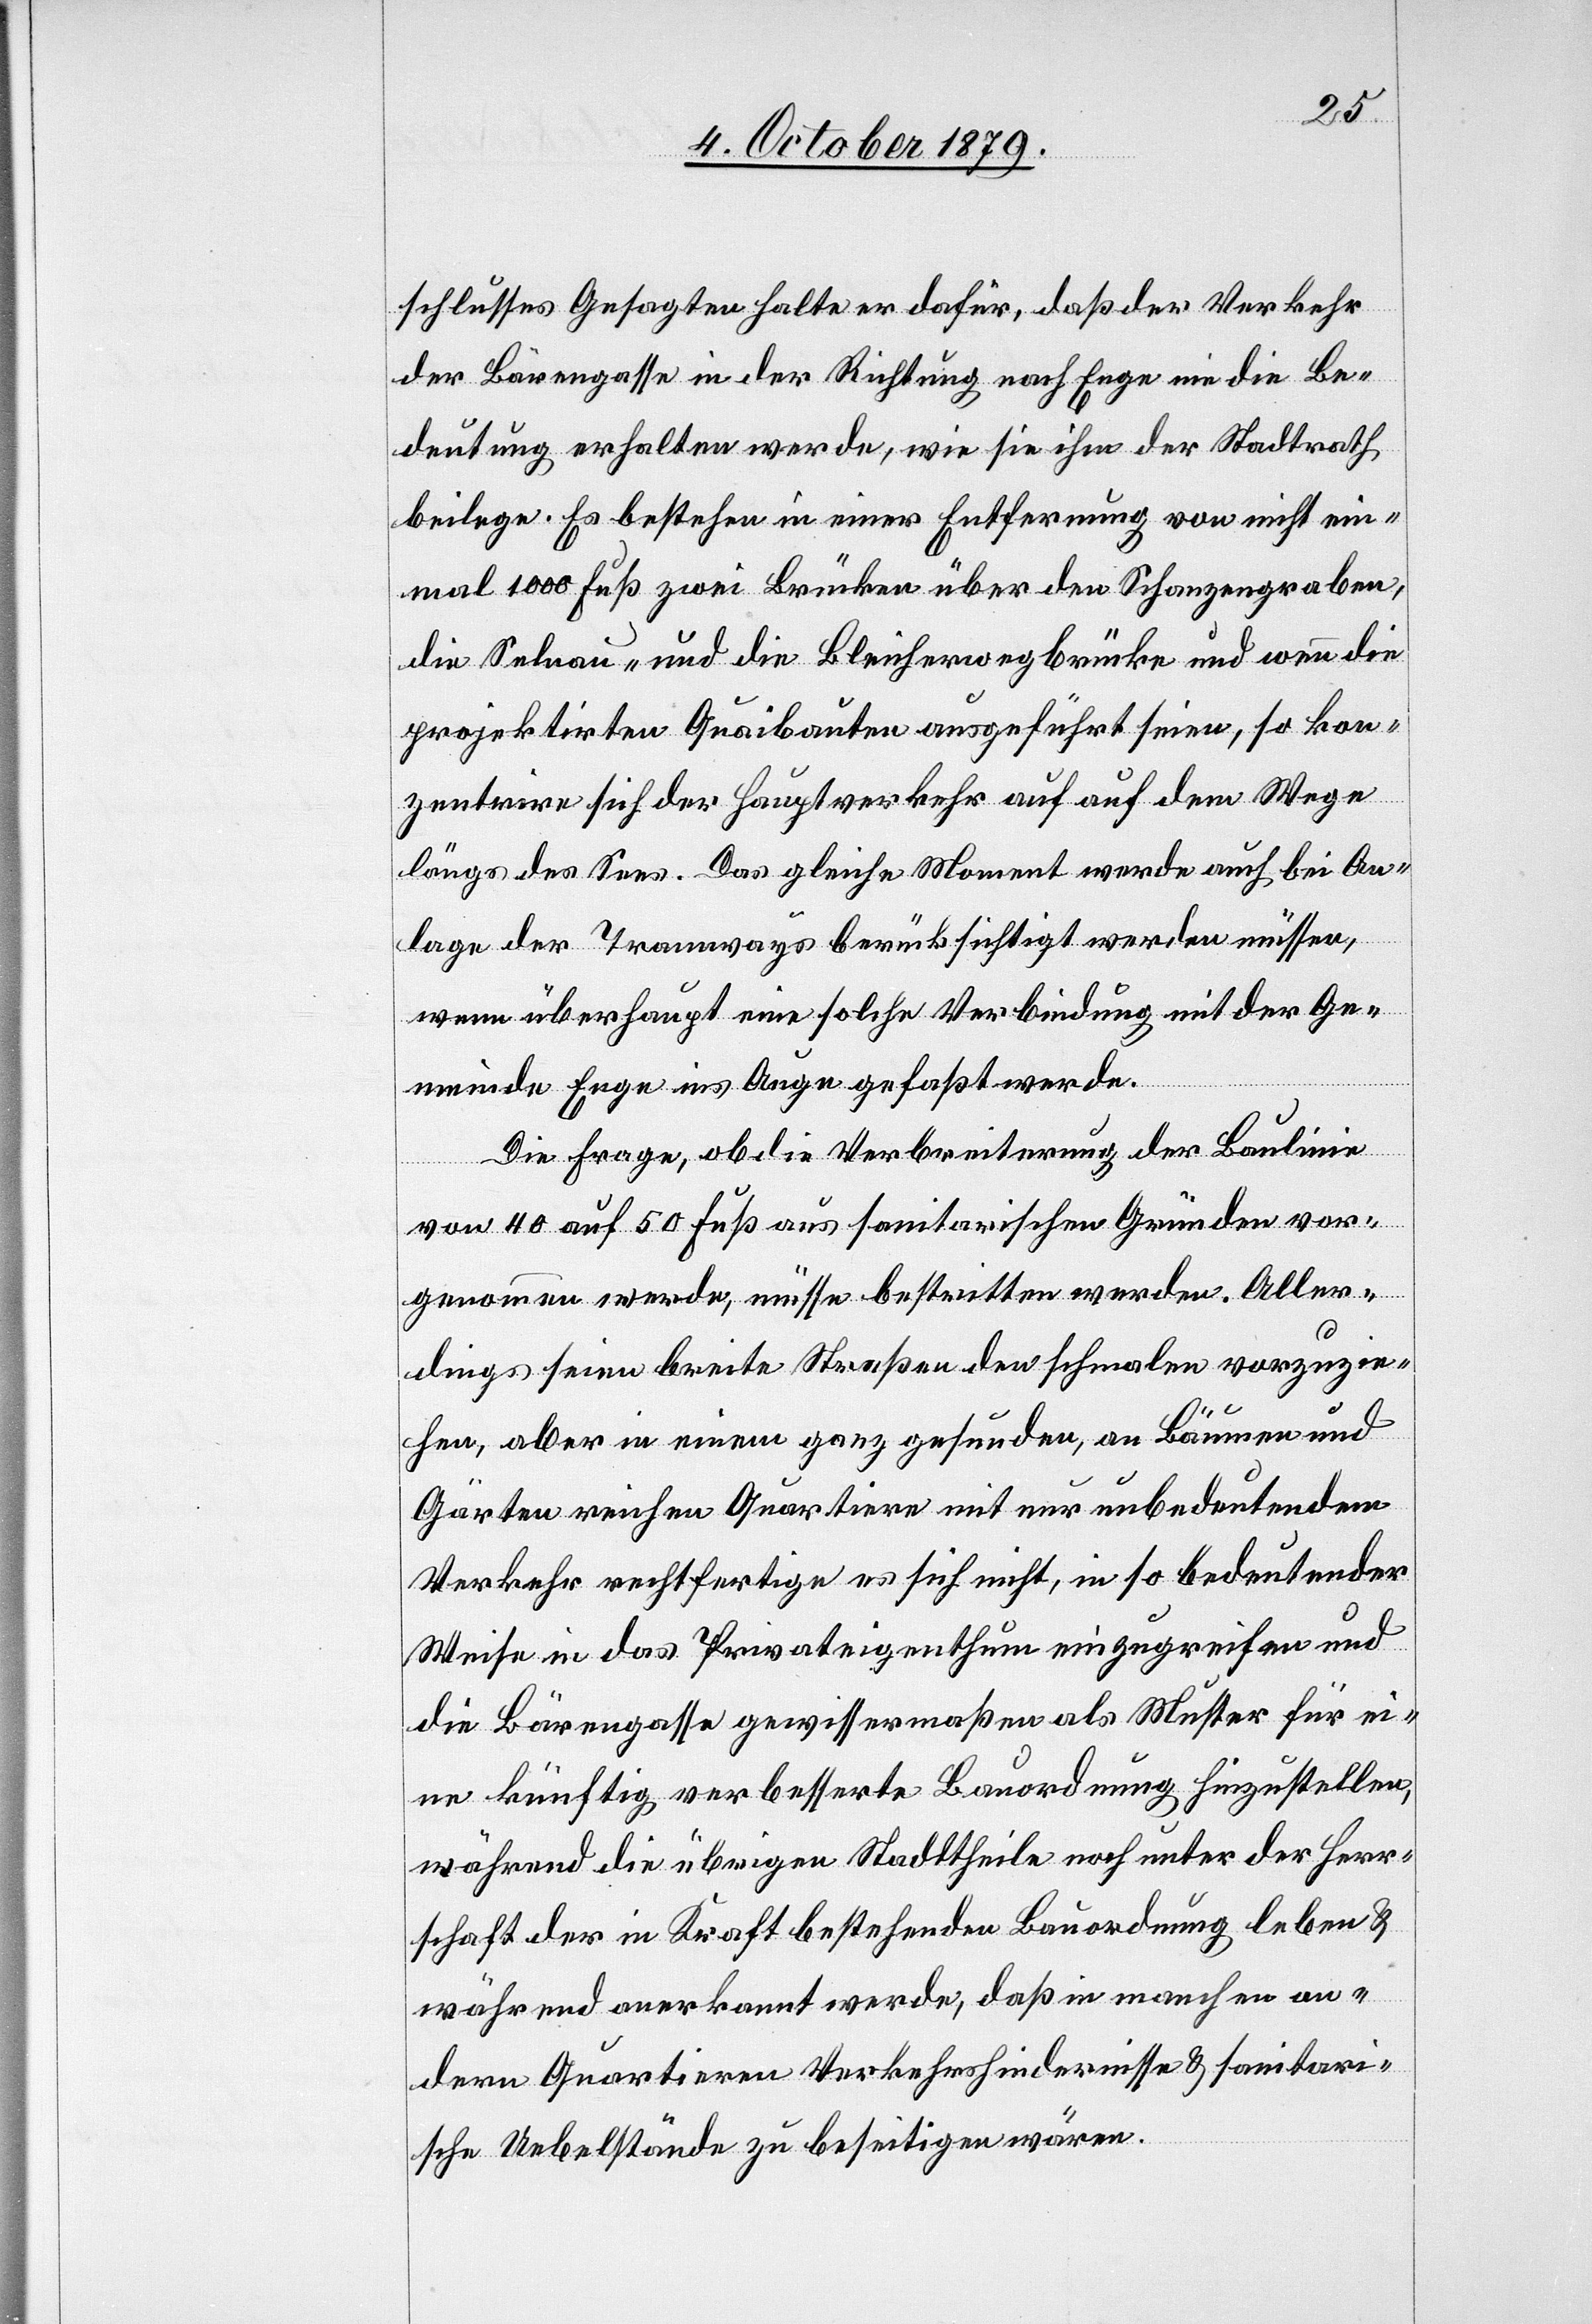
schlusses Gesagten halte er dafür, daß der Verkehr
der Bärengasse in der Richtung nach Enge nie die Be¬
deutung erhalten werde, wie sie ihm der Stadtrath
beilege. Es bestehe in einer Entfernung von nicht ein¬
mal 1000 Fuß zwei Brücken über den Schanzengraben,
die Selnau- und die Bleicherwegbrücke und wenn die
projektirten Quaibauten ausgeführt seien, so kon¬
zentrire sich der Hauptverkehr auf auf [sic!] dem Wege
längs des Sees. Das gleiche Moment werde auch bei An¬
lage der Tramways berücksichtigt werden müssen,
wenn überhaupt eine solche Verbindung mit der Ge¬
meinde Enge ins Auge gefaßt werde.
Die Frage, ob die Verbreiterung der Baulinie
von 40 auf 50 Fuß aus sanitarischen Gründen vor¬
genommen werde, müsse bestritten werden. Aller¬
dings seien breite Straßen den schmalen vorzuzie¬
hen, aber in einem ganz gesunden, an Bäumen und
Gärten reichen Quartiere mit nur unbedeutendem
Verkehr rechtfertige es sich nicht, in so bedeutender
Weise in das Privateigenthum einzugreifen und
die Bärenngasse gewissermaßen als Muster für ei¬
ne künftig verbesserte Bauordnung hinzustellen,
während die übrigen Stadttheile noch unter der Herr¬
schaft der in Kraft bestehenden Bauordnung leben &
während anerkannt werde, daß in manchen an¬
dern Quartieren Verkehrshindernisse & sanitari¬
sche Uebelstände zu beseitigen wären.